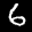
Digit: 6